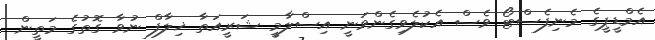
އެމްޑީޕީގެ މެނިފެސްޓޯ ވެސް އެކުލެވިގެންވަނީ އިސްލާމީ ޝަރީއަތާ ޚިލާފް ނުވާ ގޮތުގެ މަތީން